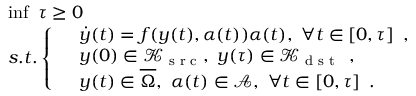
\begin{array} { r l } & { \operatorname* { i n f } \ \tau \geq 0 } \\ & { s . t . \left\{ \begin{array} { r l } & { \dot { y } ( t ) = f ( y ( t ) , \alpha ( t ) ) \alpha ( t ) , \ \forall t \in [ 0 , \tau ] \enspace , } \\ & { y ( 0 ) \in \mathcal { K } _ { \textrm { s r c } } , \ y ( \tau ) \in \mathcal { K } _ { \textrm { d s t } } \enspace , } \\ & { y ( t ) \in \overline { { \Omega } } , \ \alpha ( t ) \in { \mathcal A } , \ \forall t \in [ 0 , \tau ] \enspace . } \end{array} \right. } \end{array}